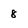
Character: 8